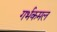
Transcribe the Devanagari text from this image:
गर्भकमल